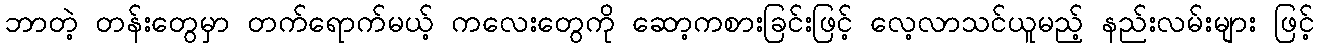
ဘာတဲ့ တန်းတွေမှာ တက်ရောက်မယ့် ကလေးတွေကို ဆော့ကစားခြင်းဖြင့် လေ့လာသင်ယူမည့် နည်းလမ်းများ ဖြင့်